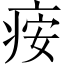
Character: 𬏪